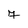
Character: 7